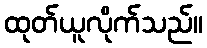
ထုတ်ယူလိုက်သည်။